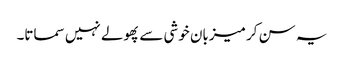
یہ سن کر میزبان خوشی سے پھولے نہیں سماتا۔